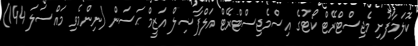
ކޮލަމާފުށި މެޖިސްޓްރޭޓް ކޯޓުގެ އިސްމެޖިސްޓްރޭޓް އަލްފާޟިލް އަޒީމް ޙަސަން (ނިންމެވި މައްސަލަ 144)